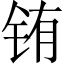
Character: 铕